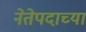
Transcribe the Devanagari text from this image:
नेतेपदाच्या